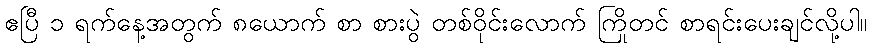
ဧပြီ ၁ ရက်နေ့အတွက် ၈ယောက် စာ စားပွဲ တစ်ဝိုင်းလောက် ကြိုတင် စာရင်းပေးချင်လို့ပါ။